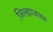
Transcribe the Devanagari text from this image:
जिल्ह्याजवळ